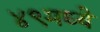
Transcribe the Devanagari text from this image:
४९मध्ये